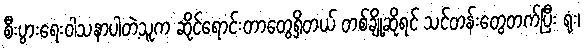
စီးပွားရေးဝါသနာပါတဲ့သူက ဆိုင်ရောင်းတာတွေရှိတယ် တစ်ချို့ဆိုရင် သင်တန်းတွေတက်ပြီး ရုံး၊